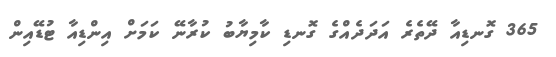
365 ގޮނޑިއާ ދޭތެރެ އަދަދެއްގެ ގޮނޑި ކާމިޔާބު ކުރާނޭ ކަމަށް އިންޑިއާ ޓުޑޭއިން